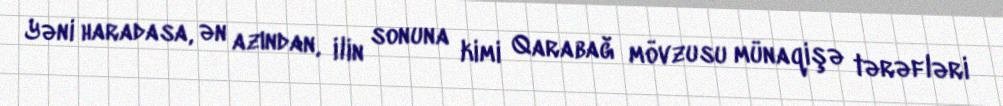
Yəni haradasa, ən azından, ilin sonuna kimi Qarabağ mövzusu münaqişə tərəfləri